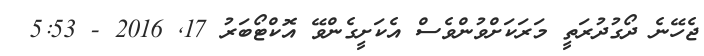
ޖެހޭނެ ދޯގުދުރަތީ މަރަކަށްވުންވެސް އެކަށީގެންވޭ އޮކްޓޯބަރު 17